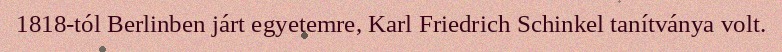
1818-tól Berlinben járt egyetemre, Karl Friedrich Schinkel tanítványa volt.